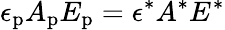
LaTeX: \epsilon_{\mathrm{p}}A_{\mathrm{p}}E_{\mathrm{p}}=\epsilon^{*}A^{*}E^{*}